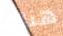
هناك